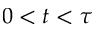
0 < t < \tau